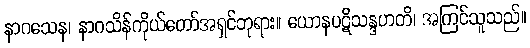
နာဂသေန၊ နာဂသိန်ကိုယ်တော်အရှင်ဘုရား။ ယောနပဋိသန္ဒဟတိ၊ အကြင်သူသည်။